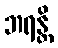
ဘရန္တိ